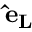
{ \bf \hat { e } _ { L } }